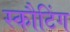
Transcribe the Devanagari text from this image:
स्कौटिंग